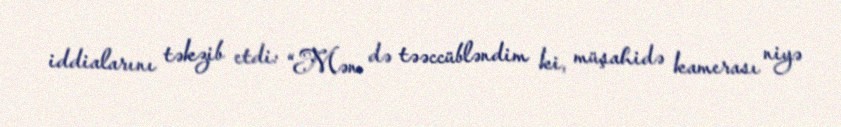
iddialarını təkzib etdi: “Mən də təəccübləndim ki, müşahidə kamerası niyə